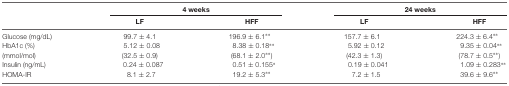
<table><thead><tr><td rowspan="2"></td><td colspan="2"><b>4 weeks</b></td><td colspan="2"><b>24 weeks</b></td></tr><tr><td><b>LF</b></td><td><b>HFF</b></td><td><b>LF</b></td><td><b>HFF</b></td></tr></thead><tbody><tr><td>Glucose (mg/dL)</td><td>99.7 ± 4.1</td><td>196.9 ± 6.1**</td><td>157.7 ± 6.1</td><td>224.3 ± 6.4**</td></tr><tr><td>HbA1c (%)</td><td>5.12 ± 0.08</td><td>8.38 ± 0.18**</td><td>5.92 ± 0.12</td><td>9.35 ± 0.04**</td></tr><tr><td>(mmol/mol)</td><td>(32.5 ± 0.9)</td><td>(68.1 ± 2.0**)</td><td>(42.3 ± 1.3)</td><td>(78.7 ± 0.5**)</td></tr><tr><td>Insulin (ng/mL)</td><td>0.24 ± 0.087</td><td>0.51 ± 0.155*</td><td>0.19 ± 0.041</td><td>1.09 ± 0.283**</td></tr><tr><td>HOMA-IR</td><td>8.1 ± 2.7</td><td>19.2 ± 5.3**</td><td>7.2 ± 1.5</td><td>39.6 ± 9.6**</td></tr></tbody></table>